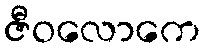
ဇီဝလောကေ